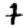
Digit: 7